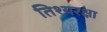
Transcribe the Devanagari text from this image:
तिश्यरक्षा